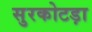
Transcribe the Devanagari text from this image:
सुरकोटड़ा